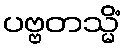
ပဗ္ဗတသ္မိံ